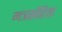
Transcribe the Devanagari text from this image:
मत्रसंहिता